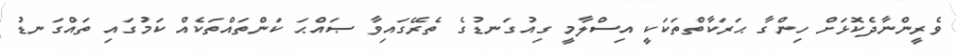
ވެރީންނާދެކޮޅަށް ހިންގާ ޙަރަކާތްތަކަކީ އިސްލާމީ ގިއުގަނޑުގެ ތެރޭގައިވާ ޞައްޙަ ކަންތައްތަކެއް ކަމުގައި ތައްގަނޑު